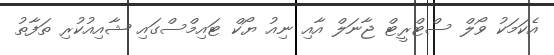
އެކަމަކު ވޯލް ސްޓްރީޓް ޖާނަލް އާއި ނިއު ޔޯކް ޓައިމްސްގައި ޝާއިއުކުރި ތަފާތު